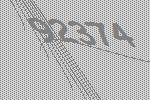
92374